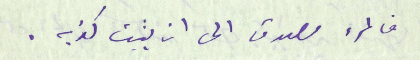
فالمرء مصدق الى ان يثبت كذبه.